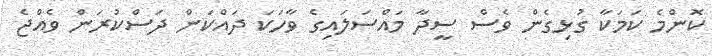
ކޮންމެ ކަމަކާ ގުޅިގެން ވެސް ސީދާ މައްސަލައިގެ ވާހަކަ ދައްކަން ދަސްކުރަން ވެއްޖެ